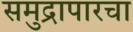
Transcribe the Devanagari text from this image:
समुद्रापारचा